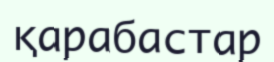
қарабастар